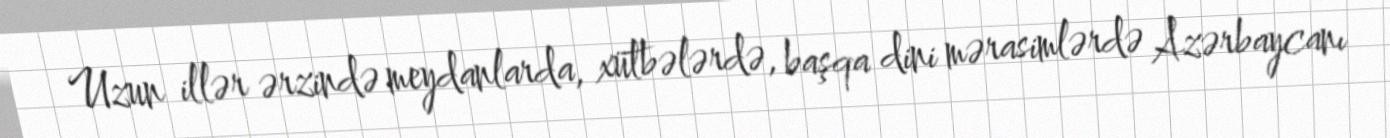
Uzun illər ərzində meydanlarda, xütbələrdə, başqa dini mərasimlərdə Azərbaycanı